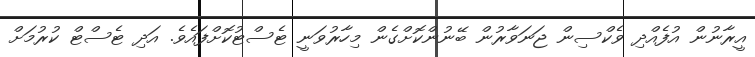
އީރާނުން އުފެއްދި ވެކްސިން ޖަނަވާރުން ބޭނުންކޮށްގެން މިހާރުވަނީ ޓެސްޓުކޮށްފައެވެ. އަދި ޓެސްޓް ކުރުމަށް